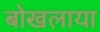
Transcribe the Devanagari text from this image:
बोखलाया